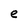
Character: e